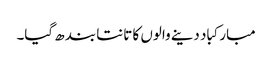
مبارکباد دینے والوں کا تانتا بند ھ گیا۔